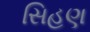
સિહણ